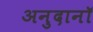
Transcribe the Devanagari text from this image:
अनुदानॉ